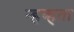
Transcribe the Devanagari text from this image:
न्हव्हता